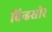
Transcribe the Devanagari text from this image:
विन्डसोर